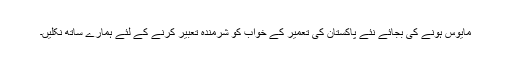
مایوس ہونے کی بجائے نئے پاکستان کی تعمیر کے خواب کو شرمندہ تعبیر کرنے کے لئے ہمارے ساتھ نکلیں۔